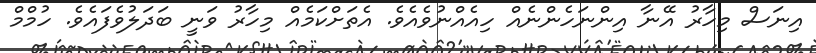
އިނަސް މިހާރު އޭނާ އިންނަހެންނެއް ހިއެއްނުވެއެވެ. އެތަށްކަމެއް މިހާރު ވަނީ ބަދަލުވެފައެވެ. ހުމްމް